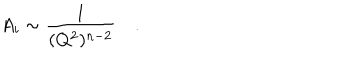
LaTeX: A _ { i } \sim \frac { 1 } { ( Q ^ { 2 } ) ^ { n - 2 } } \quad .